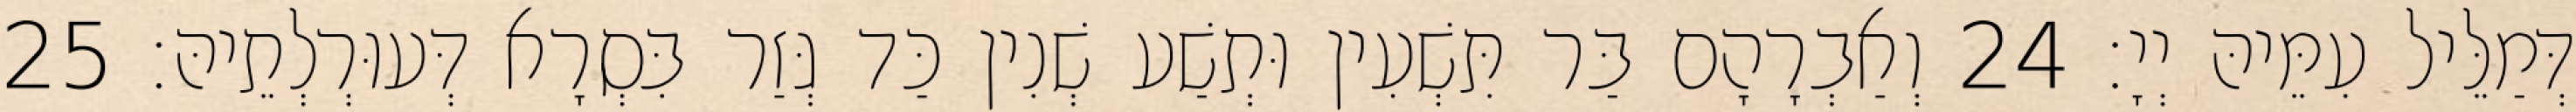
דְּמַלֵּיל עִמֵּיהּ יְיָ׃ 24 וְאַבְרָהָם בַּר תִּשְׁעִין וּתְשַׁע שְׁנִין כַּד גְּזַר בִּסְרָא דְּעוּרְלְתֵיהּ׃ 25